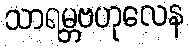
သာရမ္ဘဗဟုလေန